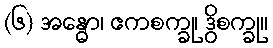
(၆) အန္ဓော၊ ဧကစက္ခု၊ ဒွိစက္ခု။